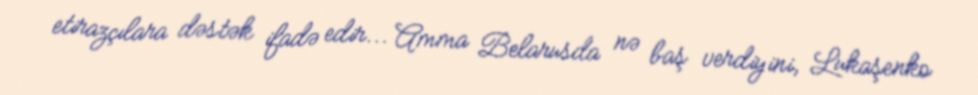
etirazçılara dəstək ifadə edir... Amma Belarusda nə baş verdiyini, Lukaşenko